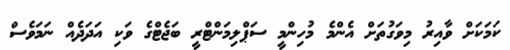
ކަމަކަށް ވާއިރު މިވަގުތަށް އެންމެ މުހިންމީ ސަޕްލިމަންޓްރީ ބަޖެޓްގެ ވަކި އަދަދެއް ނަމަވެސް